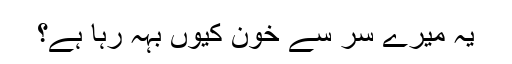
یہ میرے سر سے خون کیوں بہہ رہا ہے؟